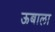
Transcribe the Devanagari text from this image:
ऊबाला